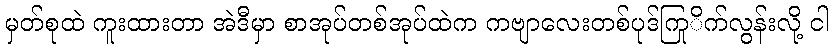
မှတ်စုထဲ ကူးထားတာ အဲဒီမှာ စာအုပ်တစ်အုပ်ထဲက ကဗျာလေးတစ်ပုဒ်ကြုိက်လွန်းလို့ ငါ